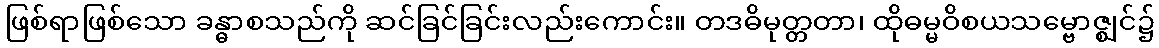
ဖြစ်ရာဖြစ်သော ခန္ဓာစသည်ကို ဆင်ခြင်ခြင်းလည်းကောင်း။ တဒဓိမုတ္တတာ၊ ထိုဓမ္မဝိစယသမ္ဗောဇ္ဈင်၌